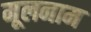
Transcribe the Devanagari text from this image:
मूलनाम